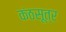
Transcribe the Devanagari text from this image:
कंठसूत्र